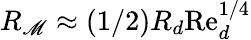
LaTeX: R_{\mathscr{M}}\approx(1/2)R_{d}\mathrm{{Re}}_{d}^{1/4}